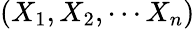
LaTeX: (X_{1},X_{2},\cdots X_{n})